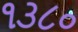
૧૩૮૦